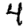
Digit: 4